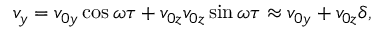
v _ { y } = v _ { 0 y } \cos { \omega \tau } + v _ { 0 z } v _ { 0 z } \sin { \omega \tau } \approx v _ { 0 y } + v _ { 0 z } \delta ,